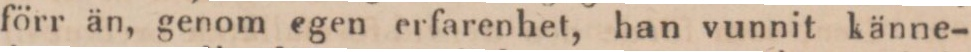
förr än, genom egen erfarenhet, han vunnit känne-